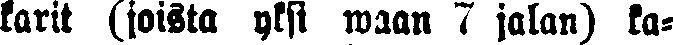
karit (joista yksi waan 7 jalan) ka-